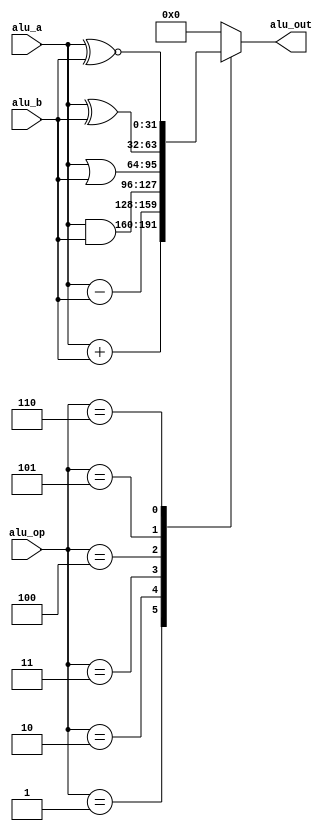
`timescale 1ns / 1ps
//////////////////////////////////////////////////////////////////////////////////
// Company: 
// Engineer: 
// 
// Design Name: 
// Module Name:    ALU 
// Project Name: 
// Target Devices: 
// Tool versions: 
// Description: 
//
// Dependencies: 
//
// Revision: 
// Revision 0.01 - File Created
// Additional Comments: 
//
//////////////////////////////////////////////////////////////////////////////////
module ALU(
	input signed [31:0]alu_a,
	input signed [31:0]alu_b,
	input [4:0]alu_op,
	output signed [31:0] alu_out
    );
	 parameter A_NOP=5'h00;
	 parameter A_ADD=5'h01;
	 parameter A_SUB=5'h02;
	 parameter A_AND=5'h03;
	 parameter A_OR= 5'h04;
	 parameter A_XOR=5'h05;
	 parameter A_NOR=5'h06;
	 
	 reg signed [31:0] out;
	 assign alu_out=out;
	 always@(*)
	 case(alu_op)
	 A_NOP:	out<=32'b0;
	 A_ADD:	out<=alu_a+alu_b;
	 A_SUB:  out<=alu_a-alu_b;
	 A_AND:	out<=alu_a&alu_b;
	 A_OR :  out<=alu_a|alu_b;
	 A_XOR:  out<=alu_a^alu_b;
	 A_NOR:	out<=alu_a^~alu_b;
	 default:out<=32'b0;
	 endcase
endmodule